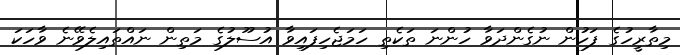
މިތާރީހުގެ ފަހުން ނުގެންދަވާ ހުންނަ ތަކެތި ހަމަޖެހިފައިވާ އުސޫލުގެ މަތިން ނައްތައިލެވޭނެ ވާހަކަ